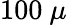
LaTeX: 100~\mu